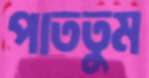
পাততুম